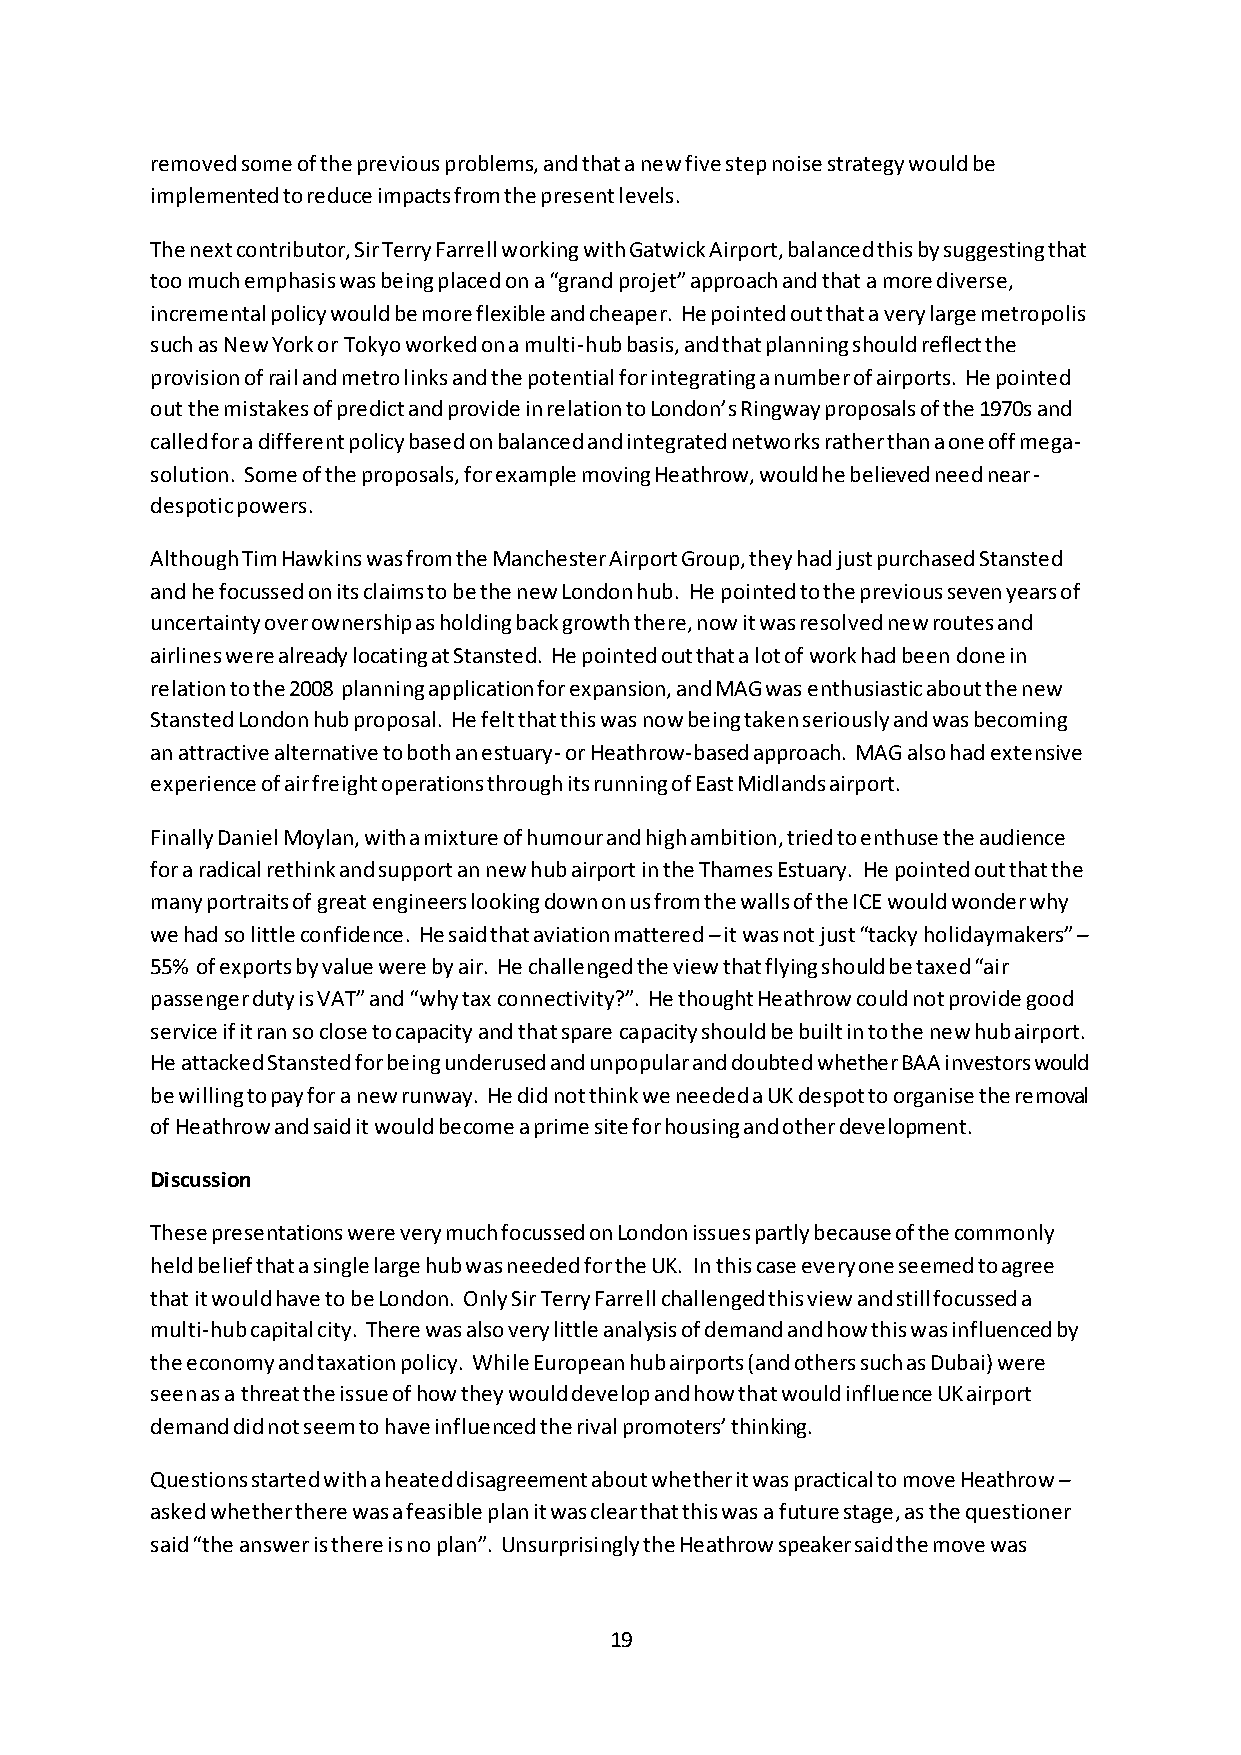
removed some of the previous problems, and that a new five step noise strategy would be
 implemented to reduce impacts from the present levels.
 The next contributor, Sir Terry Farrell working with Gatwick Airport, balanced this by suggesting that
 too much emphasis was being placed on a “grand projet” approach and that a more diverse,
 incremental policy would be more flexible and cheaper. He pointed out that a very large metropolis
 such as New York or Tokyo worked on a multi-hub basis, and that planning should reflect the
 provision of rail and metro links and the potential for integrating a number of airports. He pointed
 out the mistakes of predict and provide in relation to London’s Ringway proposals of the 1970s and
 called for a different policy based on balanced and integrated networks rather than a one off mega-
 solution. Some of the proposals, for example moving Heathrow, would he believed need near-
 despotic powers.
 Although Tim Hawkins was from the Manchester Airport Group, they had just purchased Stansted
 and he focussed on its claims to be the new London hub. He pointed to the previous seven years of
 uncertainty over ownership as holding back growth there, now it was resolved new routes and
 airlines were already locating at Stansted. He pointed out that a lot of work had been done in
 relation to the 2008 planning application for expansion, and MAG was enthusiastic about the new
 Stansted London hub proposal. He felt that this was now being taken seriously and was becoming
 an attractive alternative to both an estuary- or Heathrow-based approach. MAG also had extensive
 experience of air freight operations through its running of East Midlands airport.
 Finally Daniel Moylan, with a mixture of humour and high ambition, tried to enthuse the audience
 for a radical rethink and support an new hub airport in the Thames Estuary. He pointed out that the
 many portraits of great engineers looking down on us from the walls of the ICE would wonder why
 we had so little confidence. He said that aviation mattered – it was not just “tacky holidaymakers” –
 55% of exports by value were by air. He challenged the view that flying should be taxed “air
 passenger duty is VAT” and “why tax connectivity?”. He thought Heathrow could not provide good
 service if it ran so close to capacity and that spare capacity should be built in to the new hub airport.
 He attacked Stansted for being underused and unpopular and doubted whether BAA investors would
 be willing to pay for a new runway. He did not think we needed a UK despot to organise the removal
 of Heathrow and said it would become a prime site for housing and other development.
 Discussion
 These presentations were very much focussed on London issues partly because of the commonly
 held belief that a single large hub was needed for the UK. In this case everyone seemed to agree
 that it would have to be London. Only Sir Terry Farrell challenged this view and still focussed a
 multi-hub capital city. There was also very little analysis of demand and how this was influenced by
 the economy and taxation policy. While European hub airports (and others such as Dubai) were
 seen as a threat the issue of how they would develop and how that would influence UK airport
 demand did not seem to have influenced the rival promoters’ thinking.
 Questions started with a heated disagreement about whether it was practical to move Heathrow –
 asked whether there was a feasible plan it was clear that this was a future stage, as the questioner
 said “the answer is there is no plan”. Unsurprisingly the Heathrow speaker said the move was
 19